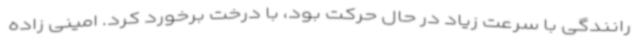
رانندگی با سرعت زیاد در حال حرکت بود، با درخت برخورد کرد. امینی زاده